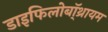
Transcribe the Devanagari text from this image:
डाइफिलोबॉ्थ्रायम